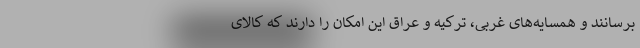
برسانند و همسایه‌های غربی، ترکیه و عراق این امکان را دارند که کالای